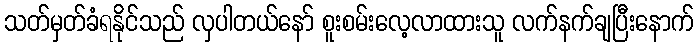
သတ်မှတ်ခံရနိုင်သည် လှပါတယ်နော် စူးစမ်းလေ့လာထားသူ လက်နက်ချပြီးနောက်